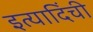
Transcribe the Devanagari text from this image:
इत्यादिंची